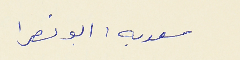
سعديه : ابو نصرا